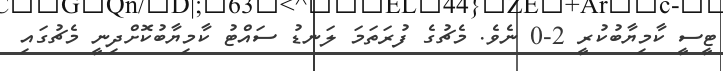
ޓީސީ ކާމިޔާބުކުރީ 2-0 ނެވެ. މެޗުގެ ފުރަތަމަ ލަނޑު ސައްޓު ކާމިޔާބުކޮށްދިނީ މެޗުގައި